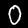
Label: 0